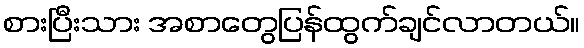
စားပြီးသား အစာတွေပြန်ထွက်ချင်လာတယ်။